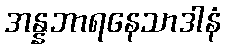
အန္နဘာရနေသာဒါနံ